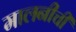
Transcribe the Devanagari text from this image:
मालनीची